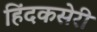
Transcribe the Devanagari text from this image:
हिंदकसेरी